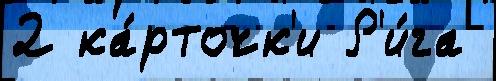
2 ка́рточк'и Р'и́га